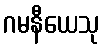
ဂမနီယေသု